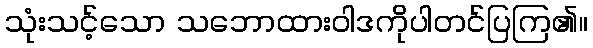
သုံးသင့်သော သဘောထားဝါဒကိုပါတင်ပြကြ၏။